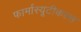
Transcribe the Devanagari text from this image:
फार्मास्यूटीकल्स